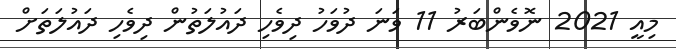
މިއީ 2021 ނޮވެންބަރު 11 ވަނަ ދުވަހު ދިވެހި ދައުލަތުން ދިވެހި ދައުލަތަށް